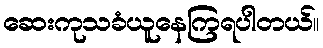
ဆေးကုသခံယူနေကြရပါတယ်။